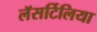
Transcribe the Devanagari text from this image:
लॅसर्टिलिया